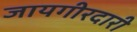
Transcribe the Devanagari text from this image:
जायगीरदारी